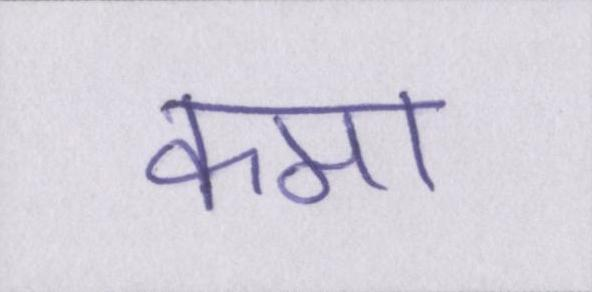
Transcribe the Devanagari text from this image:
कमा